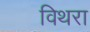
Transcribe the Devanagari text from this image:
विथरा